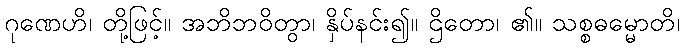
ဂုဏေဟိ၊ တို့ဖြင့်။ အဘိဘဝိတွာ၊ နှိပ်နင်း၍။ ဌိတော၊ ၏။ သစ္စဓမ္မောတိ၊